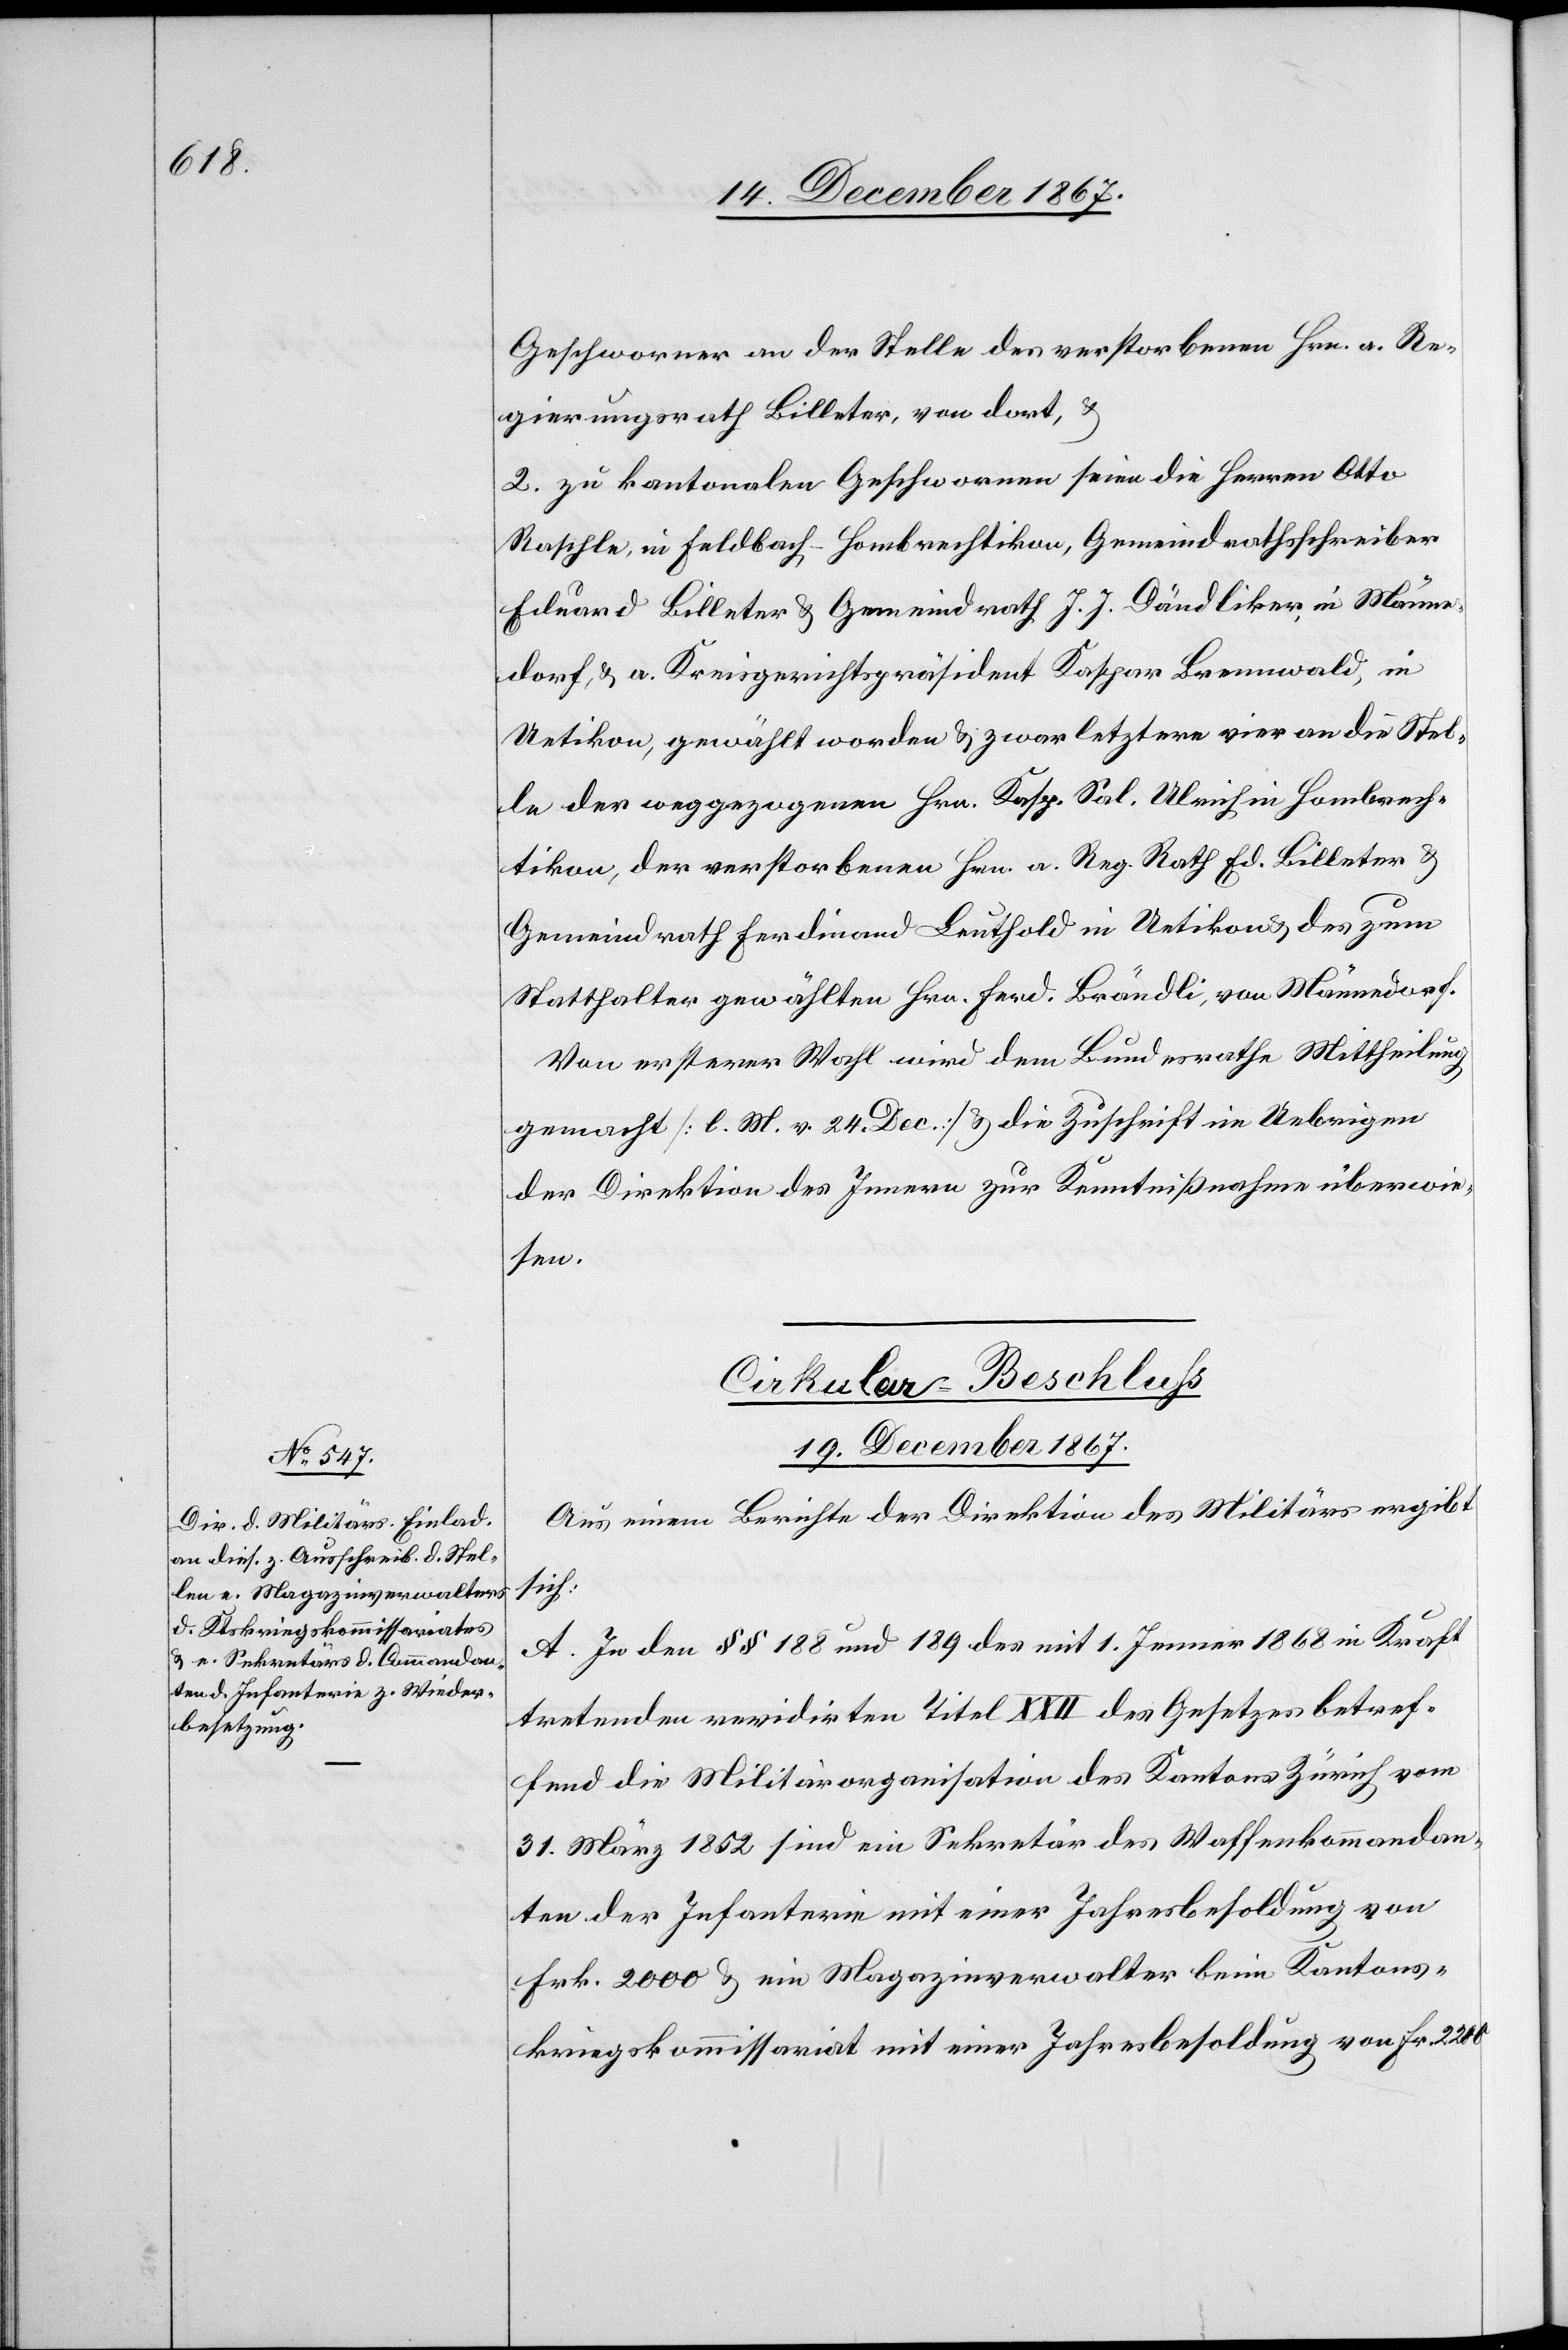
Geschworner [sic!] an der Stelle des verstorbenen Hrn. a. Re¬
gierungsrath Billeter, von dort, u.
2. zu kantonalen Geschwornen seien die Herren Otto
Raschle, in Feldbach-Hombrechtikon, Gemeindrathsschreiber
Eduard Billeter u. Gemeindrath J. J. Dändliker in Männe¬
dorf, u. a. Kreisgerichtspräsident Kaspar Brennwald in
Uetikon gewählt worden u. zwar letztere vier an die Stel¬
le der [sic!] weggezogenen Hrn. Kasp. Sal. Ulrich in Hombrech¬
tikon, der verstorbenen Hrn. a. Reg. Rath Ed. Billeter u.
Gemeindrath Ferdinand Leuthold in Uetikon u. des zum
Statthalter gewählten Hrn. Ferd. Brändli, von Männedorf.
Von ersterer Wahl wird dem Bundesrathe Mittheilung
gemacht [l. M. v. 24. Dec.] u. die Zuschrift im Uebrigen
der Direktion des Innern zur Kenntnißnahme überwie¬
sen.
Cirkular-Beschluß
19. December 1867.
Aus einem Berichte der Direktion des Militärs ergibt
sich:
A. In den § § 188 und 189 des mit 1. Jenner 1868 in Kraft
tretenden revidirten Titel XXII des Gesetzes betref¬
fend die Militärorganisation des Kantons Zürich vom
31. März 1852 sind ein Sekretär des Waffenkommandan¬
ten der Infanterie mit einer Jahresbesoldung von
Frk. 2000 u. ein Magazinverwalter beim Kantons¬
kriegskommissariat mit einer Jahresbesoldung von Fr. 2200